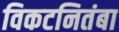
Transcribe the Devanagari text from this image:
विकटनितंबा